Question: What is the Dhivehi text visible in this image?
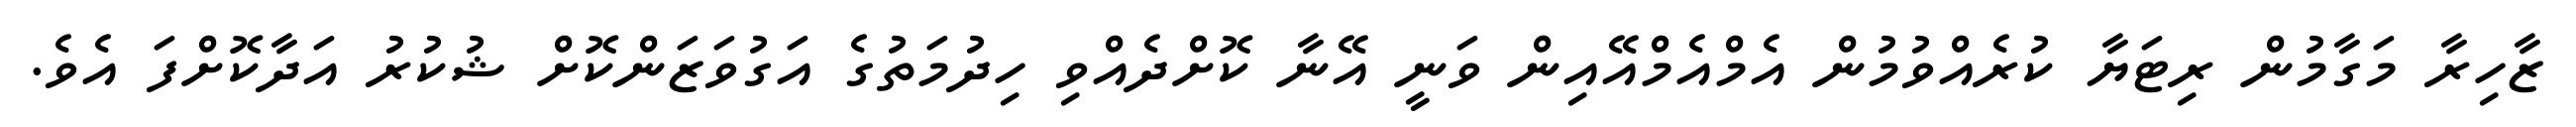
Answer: ޒާހިރާ މަގާމުން ރިޓަޔާ ކުރެއްވުމުން އެމްއެމްއޭއިން ވަނީ އޭނާ ކޮށްދެއްވި ހިދުމަތުގެ އަގުވަޒަންކޮށް ޝުކުރު އަދާކޮށްފަ އެވެ.